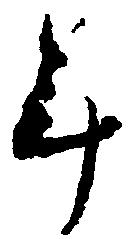
年